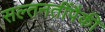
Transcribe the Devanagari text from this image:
सल्तनतींपैकी